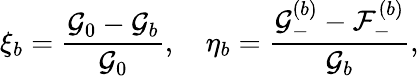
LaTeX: \xi_{b}=\frac{\mathcal{G}_{0}-\mathcal{G}_{b}}{\mathcal{G}_{0}},\quad\eta_{b}=\frac{\mathcal{G}_{-}^{(b)}-\mathcal{F}_{-}^{(b)}}{\mathcal{G}_{b}},